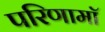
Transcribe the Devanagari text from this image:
परिणामॉ